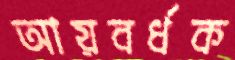
আয়বর্ধক